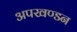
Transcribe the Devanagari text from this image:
अपखण्डन